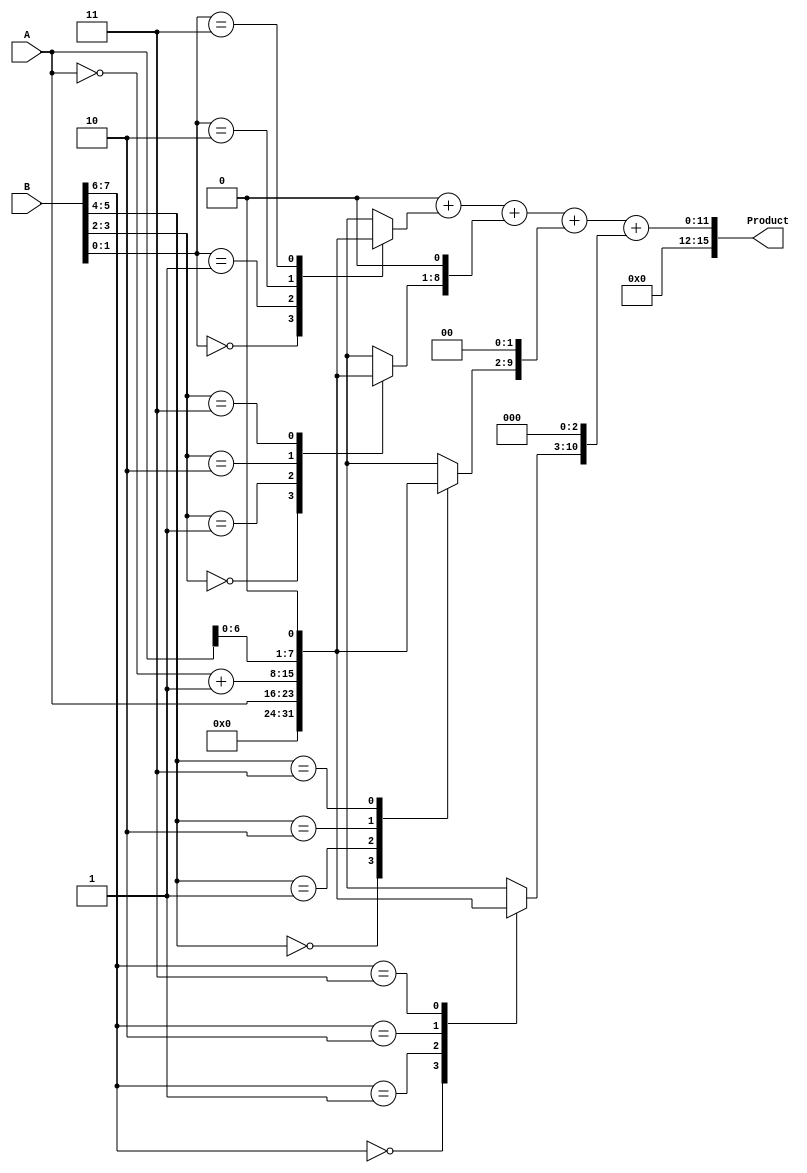
module radix4_multiplier #(parameter WIDTH = 8)(
    input  wire [WIDTH-1:0] A,   // Multiplicand
    input  wire [WIDTH-1:0] B,   // Multiplier
    output reg  [2*WIDTH-1:0] Product // Output product
);

    reg [WIDTH-1:0] PP [0:WIDTH-1]; // Partial products
    reg [WIDTH-1:0] A_neg;   // Negative A
    reg [1:0] current_bits;  // Current and previous bits of multiplier
    reg [2*WIDTH-1:0] sum;    // Accumulated sum
    integer i;

    always @(*) begin
        // Initialize
        Product = 0;
        sum = 0;
        A_neg = ~A + 1'b1; // Compute negated A
        current_bits = 2'b00; // Starts with 0

        // Generate partial products based on Booth's encoding
        for (i = 0; i < WIDTH; i = i + 2) begin
            current_bits = {B[i+1], B[i]}; // Get the current 2 bits

            case (current_bits)
                2'b00: PP[i/2] = 0;          // No partial product
                2'b01: PP[i/2] = A;          // Partial product = A
                2'b10: PP[i/2] = A_neg;      // Partial product = -A
                2'b11: PP[i/2] = A << 1;     // Partial product = 2A (left shift)
                default: PP[i/2] = 0;        // Default case (for safety)
            endcase
        end

        // Accumulate partial products
        for (i = 0; i < (WIDTH + 1) / 2; i = i + 1) begin
            sum = sum + (PP[i] << (i * 1)); // Each partial product is shifted accordingly
        end

        // Assign result
        Product = sum;
    end

endmodule